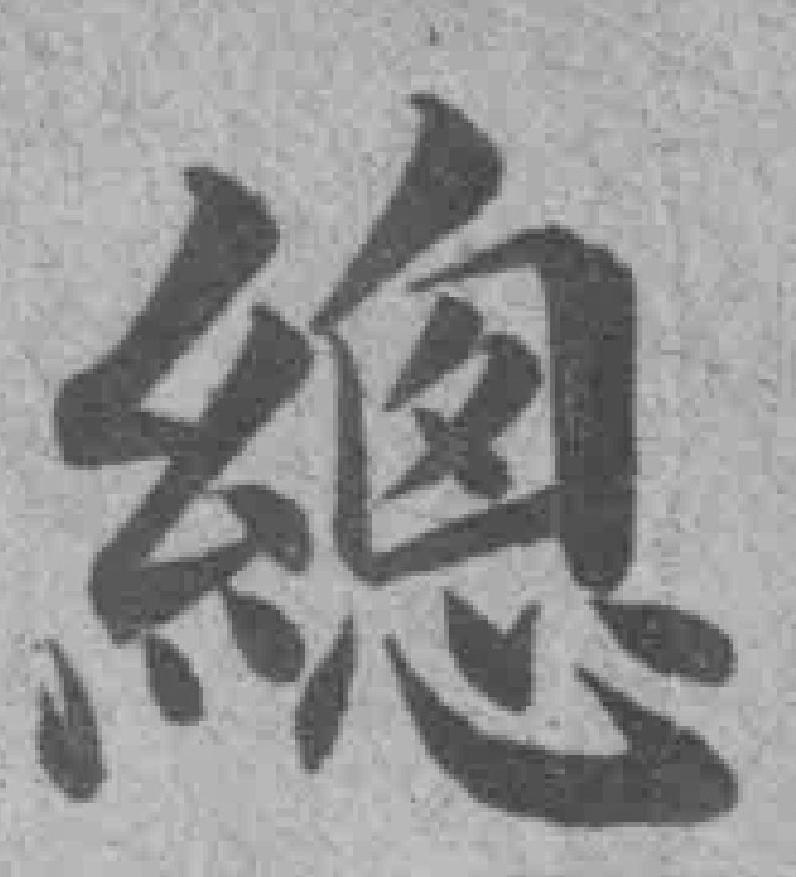
總